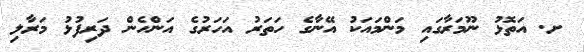
ށ. އަތޮޅު ނޫމަރާގައި މަންމައަކު އޭނާގެ ހަތަރު އަހަރުގެ އަންހެން ދަރިފުޅު މަރާލި